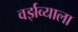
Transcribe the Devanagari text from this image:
वर्झव्याला